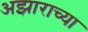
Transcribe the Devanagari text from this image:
अझाराच्या